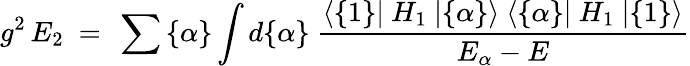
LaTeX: g^{2}\, E_{2}~=~\sum{\{ \alpha\} }\int d\{ \alpha\} ~{\frac{\langle\{ 1\} \vert~H_{1}~\vert\{ \alpha\} \rangle~\langle\{ \alpha\} \vert~H_{1}~\vert\{ 1\} \rangle}{E_{\alpha}-E}}